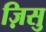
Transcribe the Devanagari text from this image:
ज़िसु